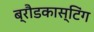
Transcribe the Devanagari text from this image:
ब्रौडकास्टिंग